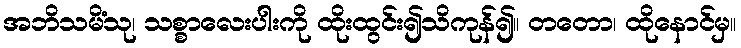
အဘိသမိံသု၊ သစ္စာလေးပါးကို ထိုးထွင်း၍သိကုန်၍။ တတော၊ ထိုနောင်မှ။